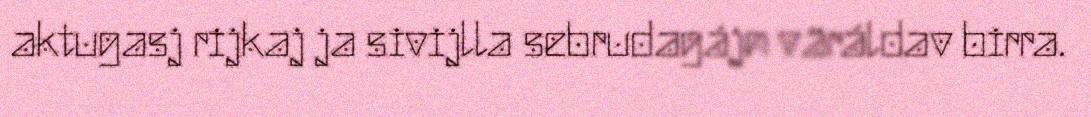
aktugasj rijkaj ja sivijlla sebrudagájn väráldav birra.